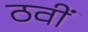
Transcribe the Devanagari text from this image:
ठवीं